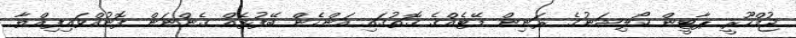
ޖުމްހޫރީ ޕާޓީން ކޯލިޝަނުގެ ރަނިން މޭޓެއްގެ ގޮތުގައި އަންހެން ބޭފުޅެއް ގެންނަން ފޮނުއްވައިފިއްޔާ